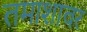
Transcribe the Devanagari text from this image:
तमाशावर